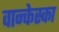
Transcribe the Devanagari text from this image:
वान्केस्का